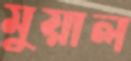
মুয়াল